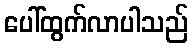
ပေါ်ထွက်လာပါသည်